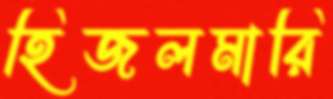
হিজলমারি